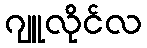
ဂျူလိုင်လ